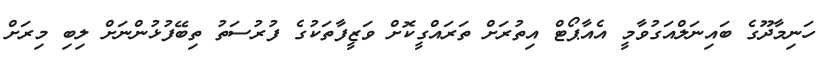
ހަނިމާދޫގެ ބައިނަލްއަގުވާމީ އެއާޕޯޓް އިތުރަށް ތަރައްގީކޮށް ވަޒީފާތަކުގެ ފުރުސަތު ތިބޭފުޅުންނަށް ލިބި މިރަށް